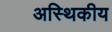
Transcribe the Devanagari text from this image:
अस्थिकीय